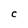
Character: c